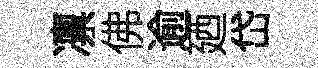
凛佛逾廼岱